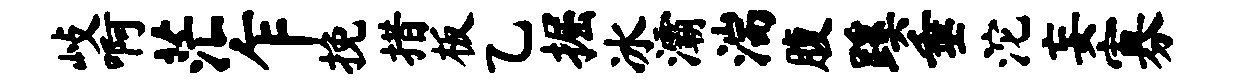
歧啊茫乍挽措板乙掘冰灞湍腹蹊垂沱妄寡